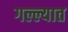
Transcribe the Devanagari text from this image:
गल्ल्यात